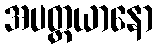
အပတ္ထယာနော